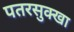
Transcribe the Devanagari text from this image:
पतरसुक्खा